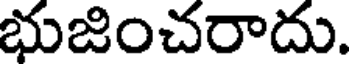
భుజించరాదు.